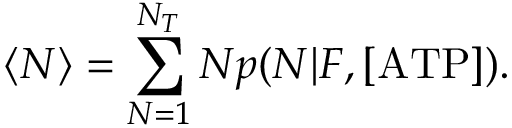
\langle N \rangle = \sum _ { N = 1 } ^ { N _ { T } } N p ( N | F , \mathrm { [ A T P ] } ) .